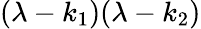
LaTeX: (\lambda-k_{1})(\lambda-k_{2})